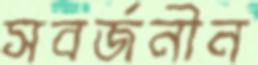
সবর্জনীন